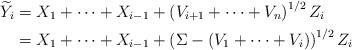
LaTeX: \begin{align*} \widetilde Y_i &= X_1+\dots +X_{i-1} + \left(V_{i+1} + \dots + V_n\right)^{1/2} Z_i \\ &= X_1+\dots +X_{i-1} + \left(\Sigma - (V_1 +\dots +V_i)\right)^{1/2} Z_i\end{align*}